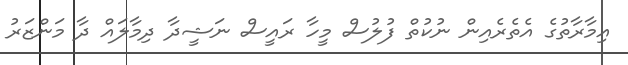
އިމާރާތުގެ އެތެރެއިން ނުކުތް ފުލުސް މީހާ ރައީސް ނަޝީދާ ދިމާލައް ދާ މަންޒަރު